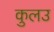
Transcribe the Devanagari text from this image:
कुलउ